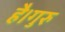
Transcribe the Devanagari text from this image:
है।गुरु